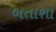
બતાશા